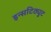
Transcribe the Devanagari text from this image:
इन्सटिठ्युट